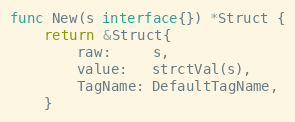
Language: Go
func New(s interface{}) *Struct {
	return &Struct{
		raw:     s,
		value:   strctVal(s),
		TagName: DefaultTagName,
	}